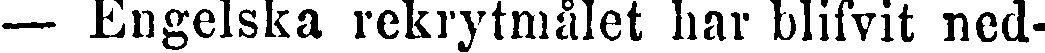
— Engelska rekrytmålet har blifvit ned-